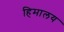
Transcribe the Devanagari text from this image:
हिमालय